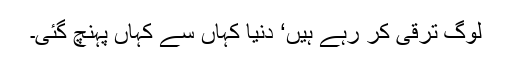
لوگ ترقی کر رہے ہیں‘ دنیا کہاں سے کہاں پہنچ گئی۔